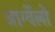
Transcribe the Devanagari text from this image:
आर्ग्वेलो